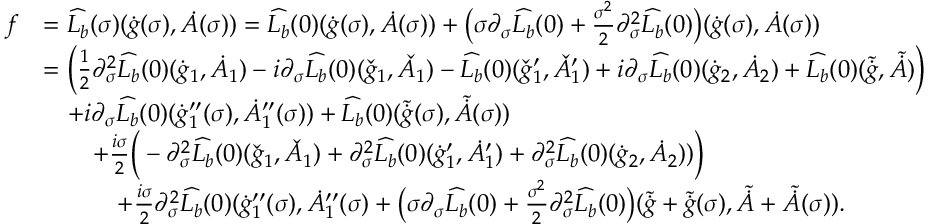
\begin{array} { r l } { f } & { = \widehat { L _ { b } } ( \sigma ) ( \dot { g } ( \sigma ) , \dot { A } ( \sigma ) ) = \widehat { L _ { b } } ( 0 ) ( \dot { g } ( \sigma ) , \dot { A } ( \sigma ) ) + \big ( \sigma \partial _ { \sigma } \widehat { L _ { b } } ( 0 ) + \frac { \sigma ^ { 2 } } { 2 } \partial _ { \sigma } ^ { 2 } \widehat { L _ { b } } ( 0 ) \big ) ( \dot { g } ( \sigma ) , \dot { A } ( \sigma ) ) } \\ & { = \Big ( \frac { 1 } { 2 } \partial _ { \sigma } ^ { 2 } \widehat { L _ { b } } ( 0 ) ( \dot { g } _ { 1 } , \dot { A } _ { 1 } ) - i \partial _ { \sigma } \widehat { L _ { b } } ( 0 ) ( \check { g } _ { 1 } , \check { A } _ { 1 } ) - \widehat { L _ { b } } ( 0 ) ( \check { g } _ { 1 } ^ { \prime } , \check { A } _ { 1 } ^ { \prime } ) + i \partial _ { \sigma } \widehat { L _ { b } } ( 0 ) ( \dot { g } _ { 2 } , \dot { A } _ { 2 } ) + \widehat { L _ { b } } ( 0 ) ( \tilde { \dot { g } } , \tilde { \dot { A } } ) \Big ) } \\ & { \quad + i \partial _ { \sigma } \widehat { L _ { b } } ( 0 ) ( \dot { g } _ { 1 } ^ { \prime \prime } ( \sigma ) , \dot { A } _ { 1 } ^ { \prime \prime } ( \sigma ) ) + \widehat { L _ { b } } ( 0 ) ( \tilde { \dot { g } } ( \sigma ) , \tilde { \dot { A } } ( \sigma ) ) } \\ & { \quad \quad + \frac { i \sigma } { 2 } \Big ( - \partial _ { \sigma } ^ { 2 } \widehat { L _ { b } } ( 0 ) ( \check { g } _ { 1 } , \check { A } _ { 1 } ) + \partial _ { \sigma } ^ { 2 } \widehat { L _ { b } } ( 0 ) ( \dot { g } _ { 1 } ^ { \prime } , \dot { A } _ { 1 } ^ { \prime } ) + \partial _ { \sigma } ^ { 2 } \widehat { L _ { b } } ( 0 ) ( \dot { g } _ { 2 } , \dot { A } _ { 2 } ) ) \Big ) } \\ & { \quad \quad \quad + \frac { i \sigma } { 2 } \partial _ { \sigma } ^ { 2 } \widehat { L _ { b } } ( 0 ) ( \dot { g } _ { 1 } ^ { \prime \prime } ( \sigma ) , \dot { A } _ { 1 } ^ { \prime \prime } ( \sigma ) + \big ( \sigma \partial _ { \sigma } \widehat { L _ { b } } ( 0 ) + \frac { \sigma ^ { 2 } } { 2 } \partial _ { \sigma } ^ { 2 } \widehat { L _ { b } } ( 0 ) \big ) ( \tilde { \dot { g } } + \tilde { \dot { g } } ( \sigma ) , \tilde { \dot { A } } + \tilde { \dot { A } } ( \sigma ) ) . } \end{array}